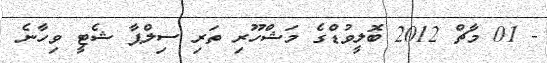
- 01 މާޗް 2012 ބޮލީވުޑްގެ މަޝްހޫރި ތަރި ސިލްޕާ ޝެޓީ ވިހާނެ